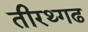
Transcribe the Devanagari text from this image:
तीरथ्गढ